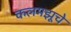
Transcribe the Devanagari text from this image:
कलमझूचे